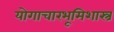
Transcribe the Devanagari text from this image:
योगाचारभूमिशास्त्र